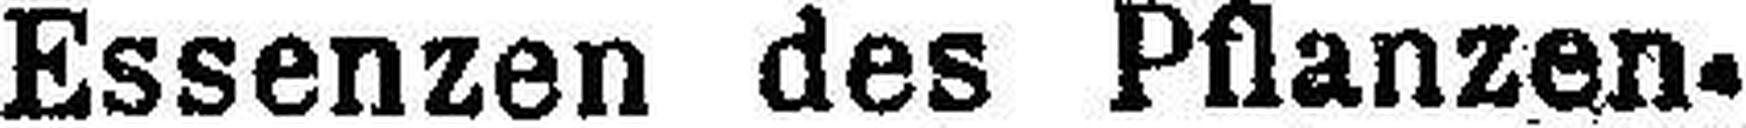
Essenzen des Pflanzen,